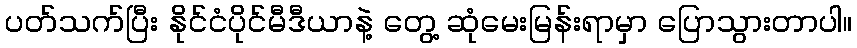
ပတ်သက်ပြီး နိုင်ငံပိုင်မီဒီယာနဲ့ တွေ့ ဆုံမေးမြန်းရာမှာ ပြောသွားတာပါ။